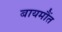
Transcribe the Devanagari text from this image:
बायमौंत